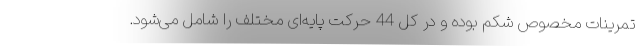
تمرینات مخصوص شکم بوده و در کل 44 حرکت پایه‌ای مختلف را شامل می‌شود.